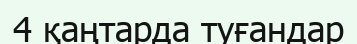
4 қаңтарда туғандар